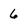
Character: 6